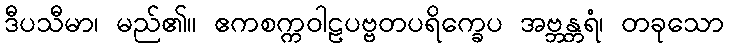
ဒီပသီမာ၊ မည်၏။ ဧကစက္ကဝါဠပဗ္ဗတပရိက္ခေပ အဗ္ဘန္တရံ၊ တခုသော